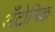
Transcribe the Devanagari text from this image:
अँटोमिक